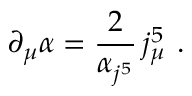
\partial _ { \mu } \alpha = \frac { 2 } { \alpha _ { j ^ { 5 } } } \, j _ { \mu } ^ { 5 } \ .